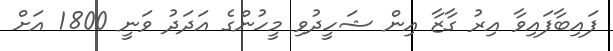
ފައިބާފައިވާ އިރު ގާޒާ އިން ޝަހީދުވި މީހުންގެ އަދަދު ވަނީ 1800 އަށް